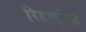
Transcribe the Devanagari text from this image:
रिडायरेक्ट